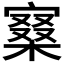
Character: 𡪧